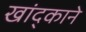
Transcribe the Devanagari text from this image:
खांद्काने